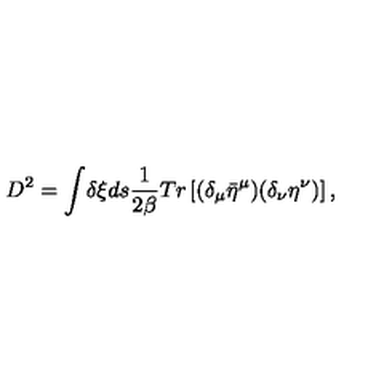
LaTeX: D ^ { 2 } = \int \! \delta \xi d s { \frac { 1 } { 2 \beta } } T r \left[ ( \delta _ { \mu } { \bar { \eta } } ^ { \mu } ) ( \delta _ { \nu } \eta ^ { \nu } ) \right] ,